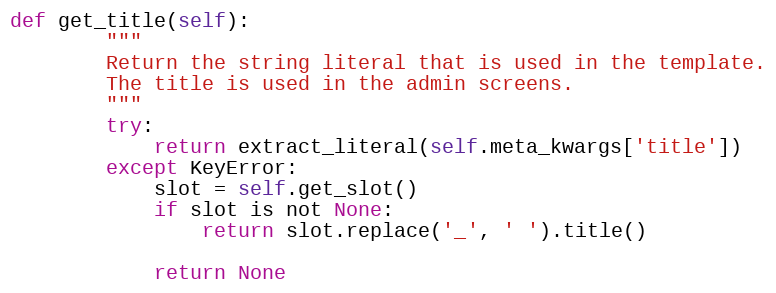
Language: Python
def get_title(self):
        """
        Return the string literal that is used in the template.
        The title is used in the admin screens.
        """
        try:
            return extract_literal(self.meta_kwargs['title'])
        except KeyError:
            slot = self.get_slot()
            if slot is not None:
                return slot.replace('_', ' ').title()

            return None